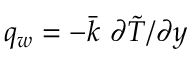
q _ { w } = - \bar { k } \ \partial \tilde { T } / \partial y